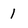
Character: 1